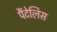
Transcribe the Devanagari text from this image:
पैंटेलिस